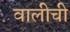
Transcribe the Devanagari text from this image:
वालीची